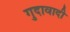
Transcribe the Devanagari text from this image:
गुदावादी